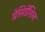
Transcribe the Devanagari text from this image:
प्रेसिडेंशिल